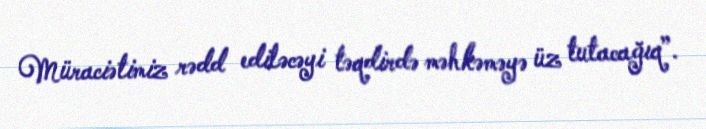
Müraciətimiz rədd ediləcəyi təqdirdə məhkəməyə üz tutacağıq”.